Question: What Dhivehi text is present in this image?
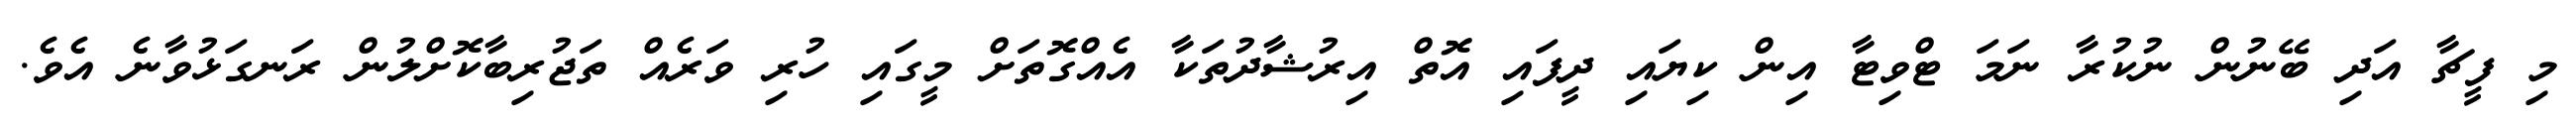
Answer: މި ފީޗާ އަދި ބޭނުން ނުކުރާ ނަމަ ޓްވިޓާ އިން ކިޔައި ދީފައި އޮތް އިރުޝާދުތަކާ އެއްގޮތަށް މީގައި ހުރި ވަރެއް ތަޖުރިބާކޮށްލުން ރަނގަޅުވާނެ އެވެ.